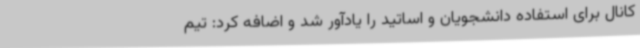
کانال برای استفاده دانشجویان و اساتید را یادآور شد و اضافه کرد: تیم